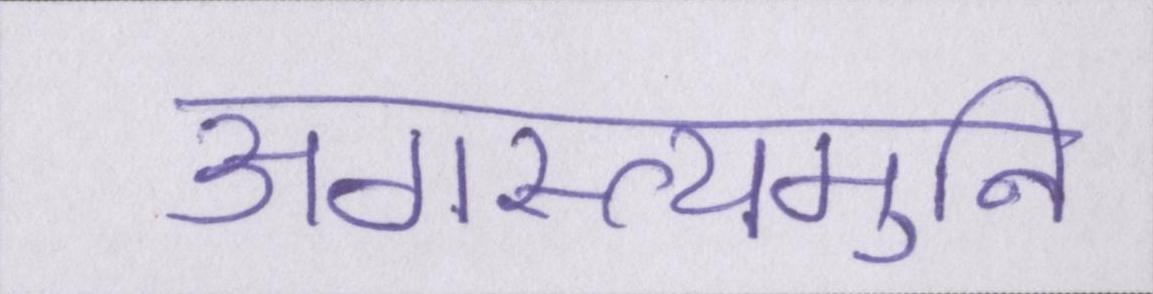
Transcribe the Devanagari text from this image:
अगस्त्यमुनि